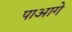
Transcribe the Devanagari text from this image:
पाआगे